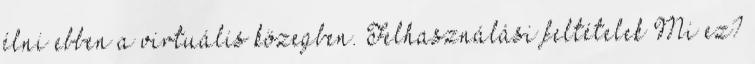
élni ebben a virtuális közegben. Felhasználási feltételek Mi ez?